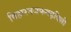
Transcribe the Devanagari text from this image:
विहारनजफगढ़दिल्ली